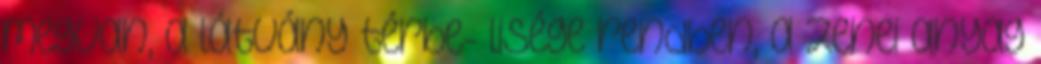
megvan, a látvány térbe- lisége rendben, a zenei anyag